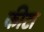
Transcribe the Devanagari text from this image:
कीटा